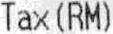
TAX(RM)